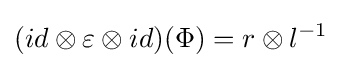
(id\otimes \varepsilon \otimes id)(\Phi )=r\otimes l^{-1}